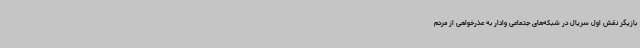
بازیگر نقش اول سریال در شبکه‌های جتماعی وادار به عذرخواهی از مردم